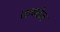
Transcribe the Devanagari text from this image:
सायबेज